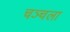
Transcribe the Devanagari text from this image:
चञ्चला